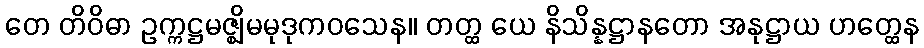
တေ တိဝိဓာ ဥက္ကဋ္ဌမဇ္ဈိမမုဒုကဝသေန။ တတ္ထ ယေ နိသိန္နဋ္ဌာနတော အနုဋ္ဌာယ ဟတ္ထေန